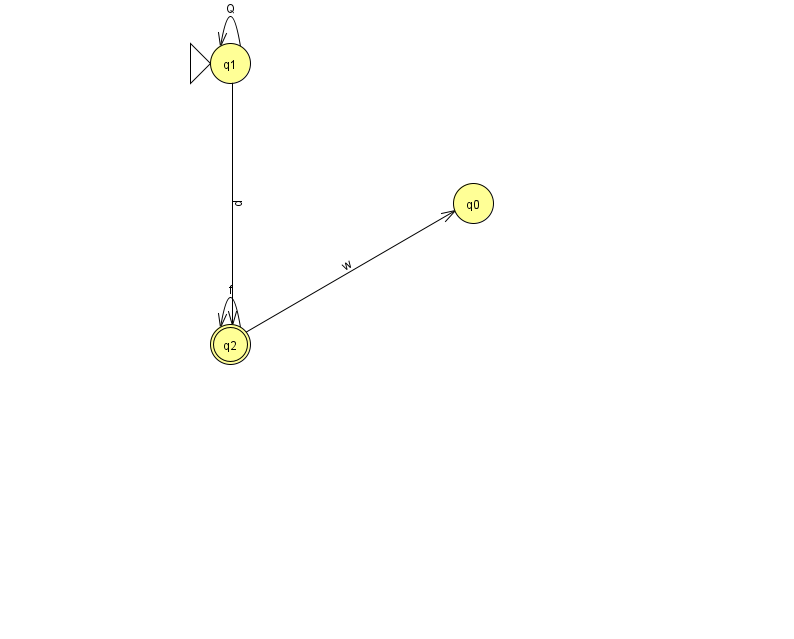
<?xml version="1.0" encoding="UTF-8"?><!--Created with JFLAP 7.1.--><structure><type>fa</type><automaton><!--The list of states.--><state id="0" name="q0"><x>473.0</x><y>190.0</y></state><state id="1" name="q1"><x>230.0</x><y>50.0</y><initial/></state><state id="2" name="q2"><x>230.0</x><y>331.0</y><final/></state><!--The list of transitions.--><transition><from>1</from><to>1</to><read>Q</read></transition><transition><from>1</from><to>2</to><read>p</read></transition><transition><from>2</from><to>2</to><read>f</read></transition><transition><from>2</from><to>0</to><read>w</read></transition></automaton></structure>